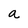
Character: a